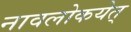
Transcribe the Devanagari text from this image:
नावलोकयेत्